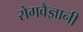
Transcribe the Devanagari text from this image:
रोगवैज्ञानी